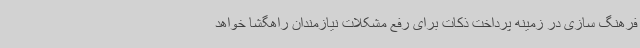
فرهنگ سازی در زمینه پرداخت ذکات برای رفع مشکلات نیازمندان راهگشا خواهد